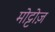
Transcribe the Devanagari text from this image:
मोट्टोज़